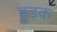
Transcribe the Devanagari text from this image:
हुड़क